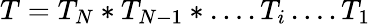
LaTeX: T=T_{N}*T_{N-1}*\ldots.T_{i}\ldots.T_{1}